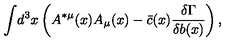
\displaystyle { \int } d ^ { 3 } x \left( A ^ { * \mu } ( x ) A _ { \mu } ( x ) - \bar { c } ( x ) { \displaystyle { \frac { \delta \Gamma } { \delta b ( x ) } } } \right) ,